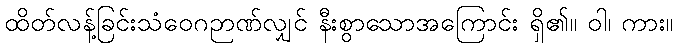
ထိတ်လန့်ခြင်းသံဝေဂဉာဏ်လျှင် နီးစွာသောအကြောင်း ရှိ၏။ ဝါ၊ ကား။